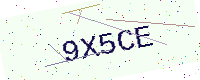
Text: 9X5CE